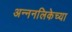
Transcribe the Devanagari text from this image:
अन्ननलिकेच्या